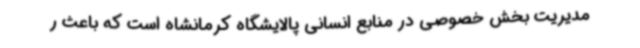
مدیریت بخش خصوصی در منابع انسانی پالایشگاه کرمانشاه است که باعث ر